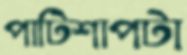
পাটিশাপটা